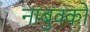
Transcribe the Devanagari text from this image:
नाबुक्को